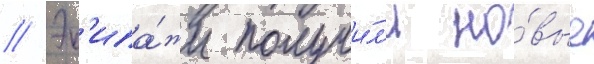
// Эк'ипа́жи получи́л'и но́вые